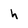
Character: h